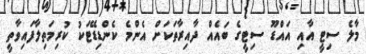
މާލެ ސިޓީ އާއި އައްޑޫ ސިޓީގެ ބައެއް ދާއިރާތަކަށް އެންމެ ކެންޑިޑޭޓަކު ކުރިމަތިލާފައިވާތީ